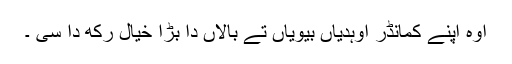
اوہ اپنے کمانڈر اوہدیاں بیویاں تے بالاں دا بڑا خیال رکھ دا سی ۔